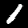
Digit: 1